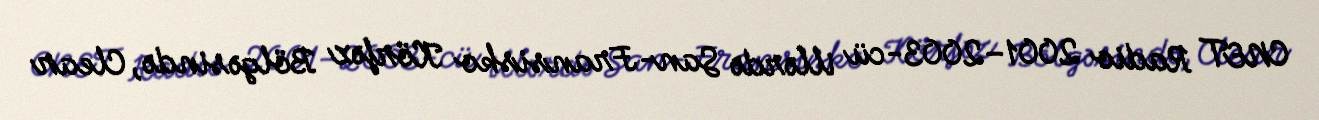
CNET Radio 2001–2003-cü illərdə San-Fransisko Körfəz Bölgəsində, Clear